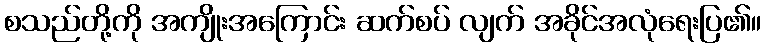
စသည်တို့ကို အကျိုးအကြောင်း ဆက်စပ် လျက် အခိုင်အလုံရေးပြ၏။